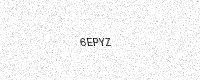
Text: 6EPYZ